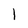
Character: l